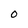
Character: O